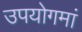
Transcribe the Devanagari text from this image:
उपयोगमां